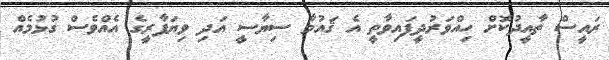
ރައީސް ތާއީދުކޮށް ހިއްވަރުދީފައިވާތީ އެ ޤައުމާ ސިޔާސީ އަދި ވިޔަފާރީގެ އެއްވެސް ގުޅުމެއް